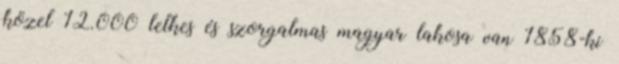
közel 12.000 lelkes és szorgalmas magyar lakosa van 1858-ki